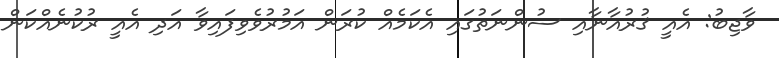
ވާޖިބު: އެއީ ޤުރުއާނާއި ސުންނަތުގައި އެކަމެއް ކުރަން އަމުރުވެވިފައިވާ އަދި އެއީ ރުކުނެއްކަން